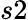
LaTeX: s2